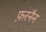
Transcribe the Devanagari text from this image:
फ़रनैन